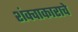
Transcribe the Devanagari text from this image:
शंक्वाकाराचे